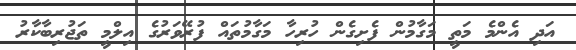
އަދި އެންމެ މަތީ މަގާމުން ފެށިގެން ހުރިހާ މަގާމުތައް ފުރޭވަރުގެ އިލްމީ ތަޖުރިބާކާރު